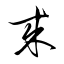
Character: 來